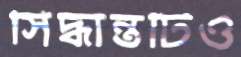
সিদ্ধান্তটিও